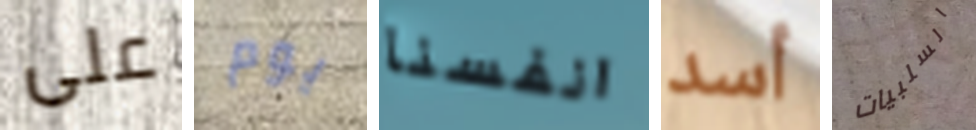
على يوم انفسنا أسد السلبيات